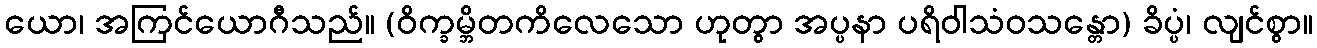
ယော၊ အကြင်ယောဂီသည်။ (ဝိက္ခမ္ဘိတကိလေသော ဟုတွာ အပ္ပနာ ပရိဝါသံဝသန္တော) ခိပ္ပံ၊ လျင်စွာ။